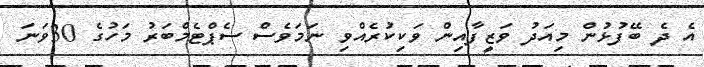
އެ ދެ ބޭފުޅުން މިއަދު ވަޒީފާއިން ވަކިކުރެއްވި ނަމަވެސް ސެޕްޓެމްބަރު މަހުގެ 30ވަނަ